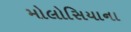
મોલોસિયાના